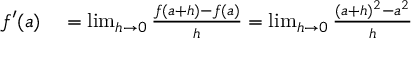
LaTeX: \begin{array} { r l } { f ^ { \prime } ( a ) } & { { } = \operatorname* { l i m } _ { h \to 0 } { \frac { f ( a + h ) - f ( a ) } { h } } = \operatorname* { l i m } _ { h \to 0 } { \frac { ( a + h ) ^ { 2 } - a ^ { 2 } } { h } } } \end{array}